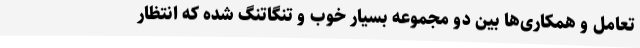
تعامل و همکاری‌ها بین دو مجموعه بسیار خوب و تنگاتنگ شده که انتظار